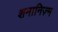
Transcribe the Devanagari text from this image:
शमानिज़्म